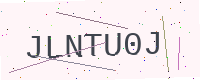
Text: JLNTU0J